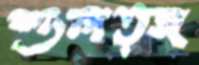
শুলত্জ